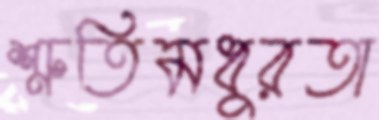
শ্রুতিমধুরতা